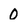
Character: 0